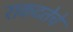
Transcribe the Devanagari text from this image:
राकटतेचे